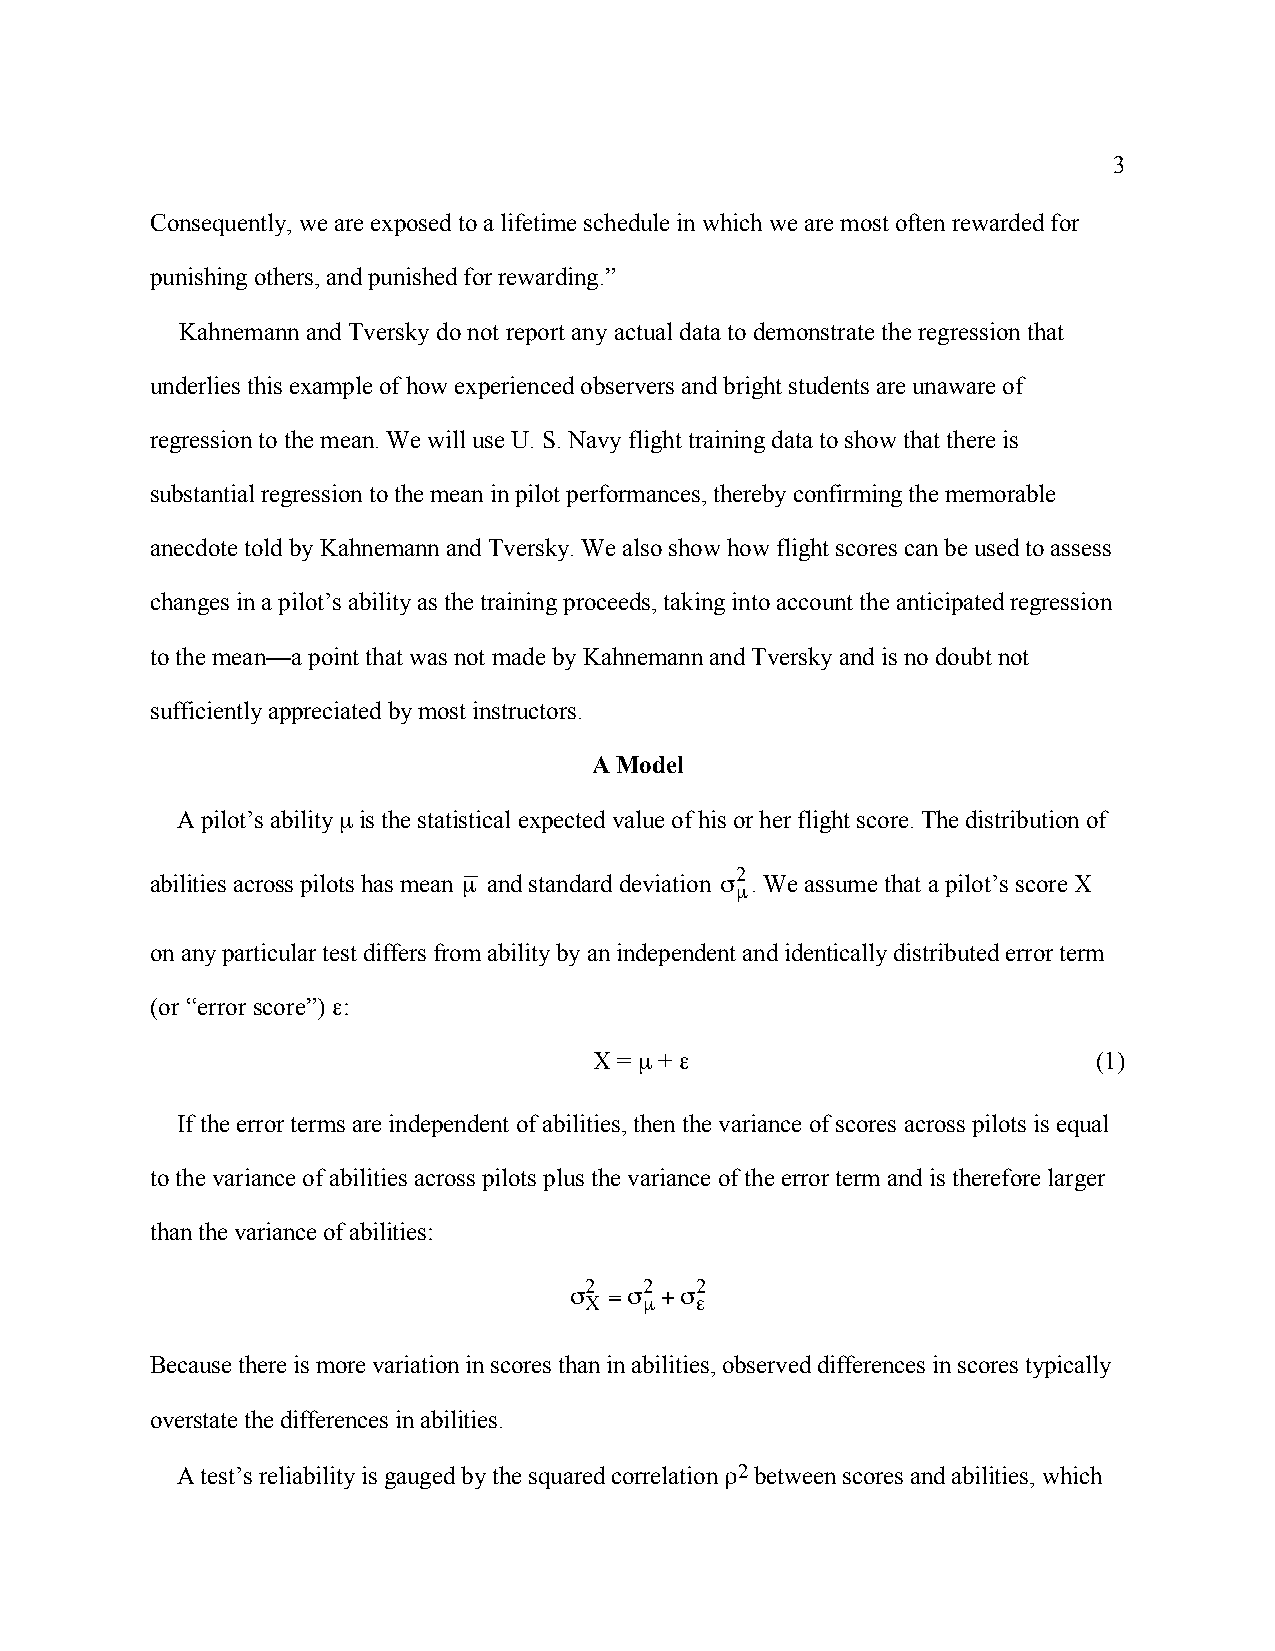
3
 Consequently, we are exposed to a lifetime schedule in which we are most often rewarded for
 punishing others, and punished for rewarding.”
 Kahnemann and Tversky do not report any actual data to demonstrate the regression that
 underlies this example of how experienced observers and bright students are unaware of
 regression to the mean. We will use U. S. Navy flight training data to show that there is
 substantial regression to the mean in pilot performances, thereby confirming the memorable
 anecdote told by Kahnemann and Tversky. We also show how flight scores can be used to assess
 changes in a pilot’s ability as the training proceeds, taking into account the anticipated regression
 to the mean—a point that was not made by Kahnemann and Tversky and is no doubt not
 sufficiently appreciated by most instructors.
 A Model
 A pilot’s ability m is the statistical expected value of his or her flight score. The distribution of
 2
 abilities across pilots has mean m and standard deviation s . We assume that a pilot’s score X
 m
 on any particular test differs from ability by an independent and identically distributed error term
 †                †
 (or “error score”) e:
 X = m + e                         (1)
 If the error terms are independent of abilities, then the variance of scores across pilots is equal
 to the variance of abilities across pilots plus the variance of the error term and is therefore larger
 than the variance of abilities:
 2   2  2
 s =s  +s
 X   m  e
 Because there is more variation in scores than in abilities, observed differences in scores typically
 †
 overstate the differences in abilities.
 A test’s reliability is gauged by the squared correlation r2 between scores and abilities, which